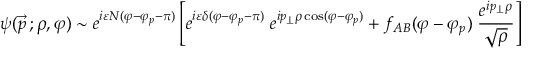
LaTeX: \psi ( \vec { p } \, ; \rho , \varphi ) \sim e ^ { i \varepsilon N ( \varphi - \varphi _ { p } - \pi ) } \left[ e ^ { i \varepsilon \delta ( \varphi - \varphi _ { p } - \pi ) } \; e ^ { i p _ { \perp } \rho \cos ( \varphi - \varphi _ { p } ) } + f _ { A B } ( \varphi - \varphi _ { p } ) \; { \frac { e ^ { i p _ { \perp } \rho } } { \sqrt { \rho } } } \right]